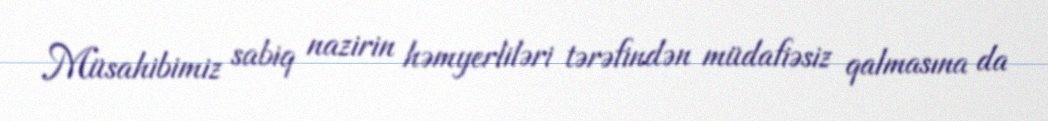
Müsahibimiz sabiq nazirin həmyerliləri tərəfindən müdafiəsiz qalmasına da